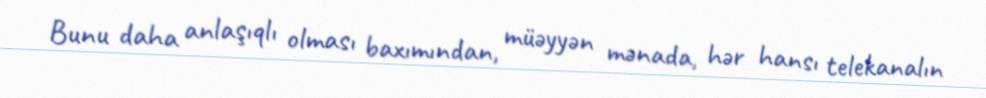
Bunu daha anlaşıqlı olması baxımından, müəyyən mənada, hər hansı telekanalın